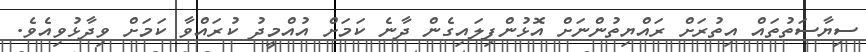
ސިޔާސަތުތައް އިތުރަށް ރައްޔިތުންނަށް އޮޅުންފިލައިގެން ދާނެ ކަމަށް އުއްމީދު ކުރައްވާ ކަމަށް ވިދާޅުވިއެވެ.